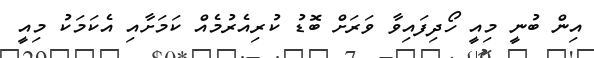
އިން ބުނީ މިއީ ހޯދިފައިވާ ވަރަށް ބޮޑު ކުރިއެރުމެއް ކަމަށާއި އެކަމަކު މިއީ